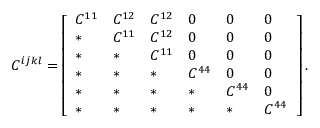
C ^ { i j k l } = \left[ \begin{array} { l l l l l l } { C ^ { 1 1 } } & { C ^ { 1 2 } } & { C ^ { 1 2 } } & { 0 } & { 0 } & { 0 } \\ { * } & { C ^ { 1 1 } } & { C ^ { 1 2 } } & { 0 } & { 0 } & { 0 } \\ { * } & { * } & { C ^ { 1 1 } } & { 0 } & { 0 } & { 0 } \\ { * } & { * } & { * } & { C ^ { 4 4 } } & { 0 } & { 0 } \\ { * } & { * } & { * } & { * } & { C ^ { 4 4 } } & { 0 } \\ { * } & { * } & { * } & { * } & { * } & { C ^ { 4 4 } \, } \end{array} \right] .